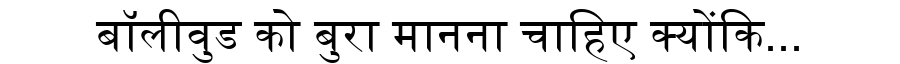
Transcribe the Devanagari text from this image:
बॉलीवुड को बुरा मानना चाहिए क्योंकि...